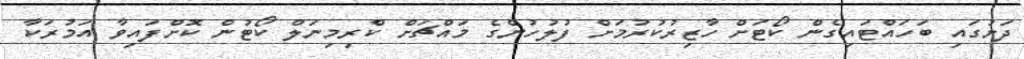
ދަށުގައި ބަހައްޓައިގެން ކޯޓަށް ހާޒިރުކުރުމަށް ފުލުހުންގެ މައްޗަށް ކްރިމިނަލް ކޯޓުން ކޮށްފައިވާ އަމުރަކާ